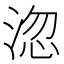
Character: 淴